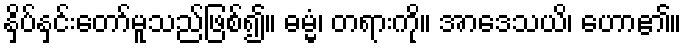
နှိပ်နှင်းတော်မူသည်ဖြစ်၍။ ဓမ္မံ၊ တရားကို။ အာဒေသယိ၊ ဟော၏။